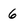
Character: 6